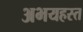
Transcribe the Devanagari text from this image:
अभयहस्त